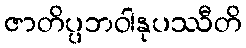
ဇာတိပ္ပဘဝါနုပဿီတိ